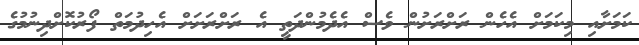
ކަމަށާއި މިކަމަށް އެހެން ރަށްރަށުން ވެސް އެދެމުންދަތީ އެ ރަށްރަށަށް އެހިދުމަތް ފޯރުކޮށްދިނުމުގެ